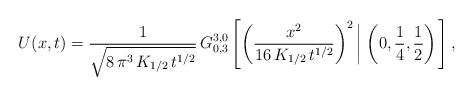
LaTeX: \begin{align*}U(x,t) = \frac{1}{\sqrt{8\,\pi^3\,K_{1/2}\,t^{1/2}}}\,G^{3,0}_{0,3}\left[ \left(\frac{x^2}{16\,K_{1/2}\,t^{1/2}}\right)^2 \left| \; \left( 0,\frac{1}{4},\frac{1}{2}\right) \right.\right],\end{align*}